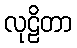
လုဠိတာ